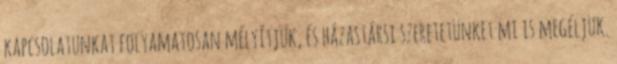
kapcsolatunkat folyamatosan mélyítjük, és házastársi szeretetünket mi is megéljük.